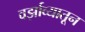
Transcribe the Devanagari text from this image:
वर्झाव्यातून